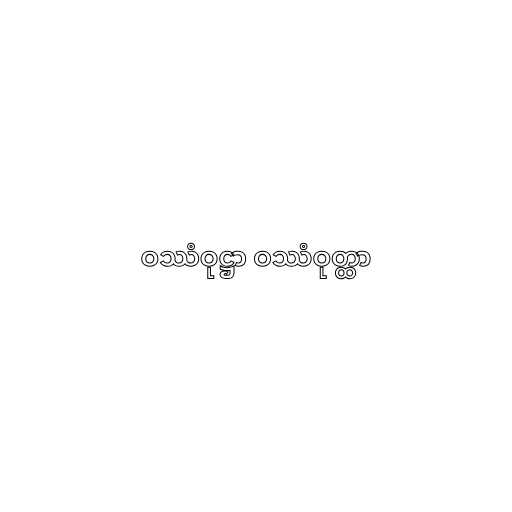
ဝဿံဝုဋ္ဌာ ဝဿံဝုတ္ထာ